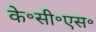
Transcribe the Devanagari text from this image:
के॰सी॰एस॰